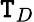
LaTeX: \mathtt{T}_{D}